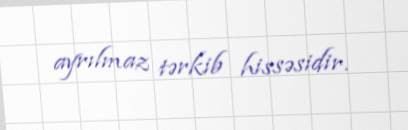
ayrılmaz tərkib hissəsidir.